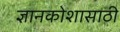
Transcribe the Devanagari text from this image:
ज्ञानकोशासाठी